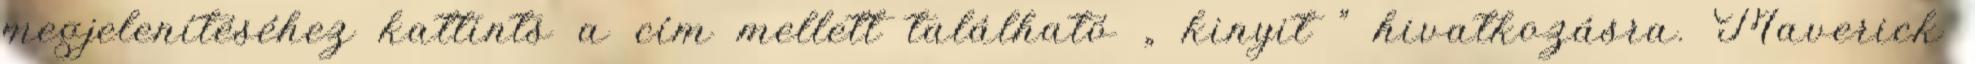
megjelenítéséhez kattints a cím mellett található „ kinyit ” hivatkozásra. Maverick